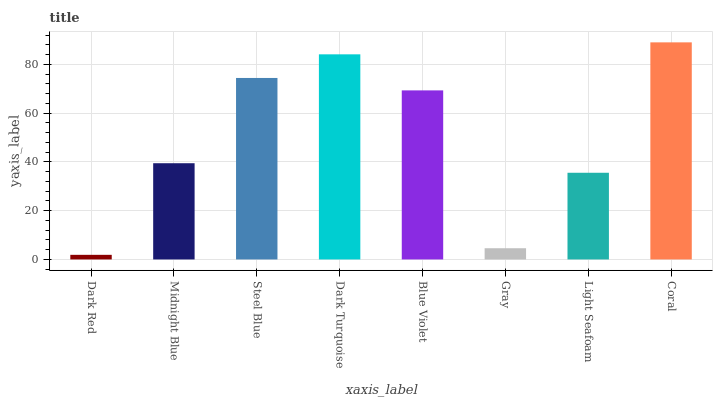
| xaxis_label | bars |
 | --- | --- |
 | Dark Red | 1.9 |
 | Midnight Blue | 39.5 |
 | Steel Blue | 74.4 |
 | Dark Turquoise | 84.1 |
 | Blue Violet | 69.3 |
 | Gray | 4.61 |
 | Light Seafoam | 35.5 |
 | Coral | 89 |